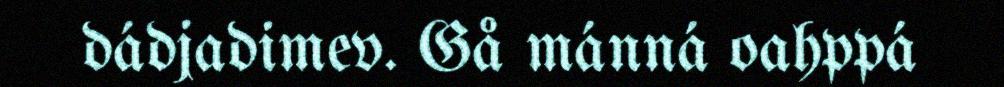
dádjadimev. Gå mánná oahppá